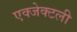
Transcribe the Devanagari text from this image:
एक्जेक्टली